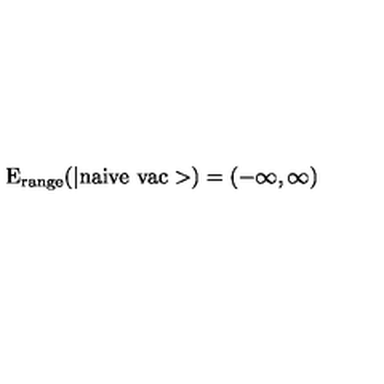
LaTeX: \mathrm { E _ { r a n g e } ( | n a i v e \ v a c > ) } = ( - \infty , \infty )